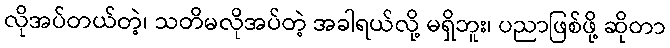
လိုအပ်တယ်တဲ့၊ သတိမလိုအပ်တဲ့ အခါရယ်လို့ မရှိဘူး၊ ပညာဖြစ်ဖို့ ဆိုတာ